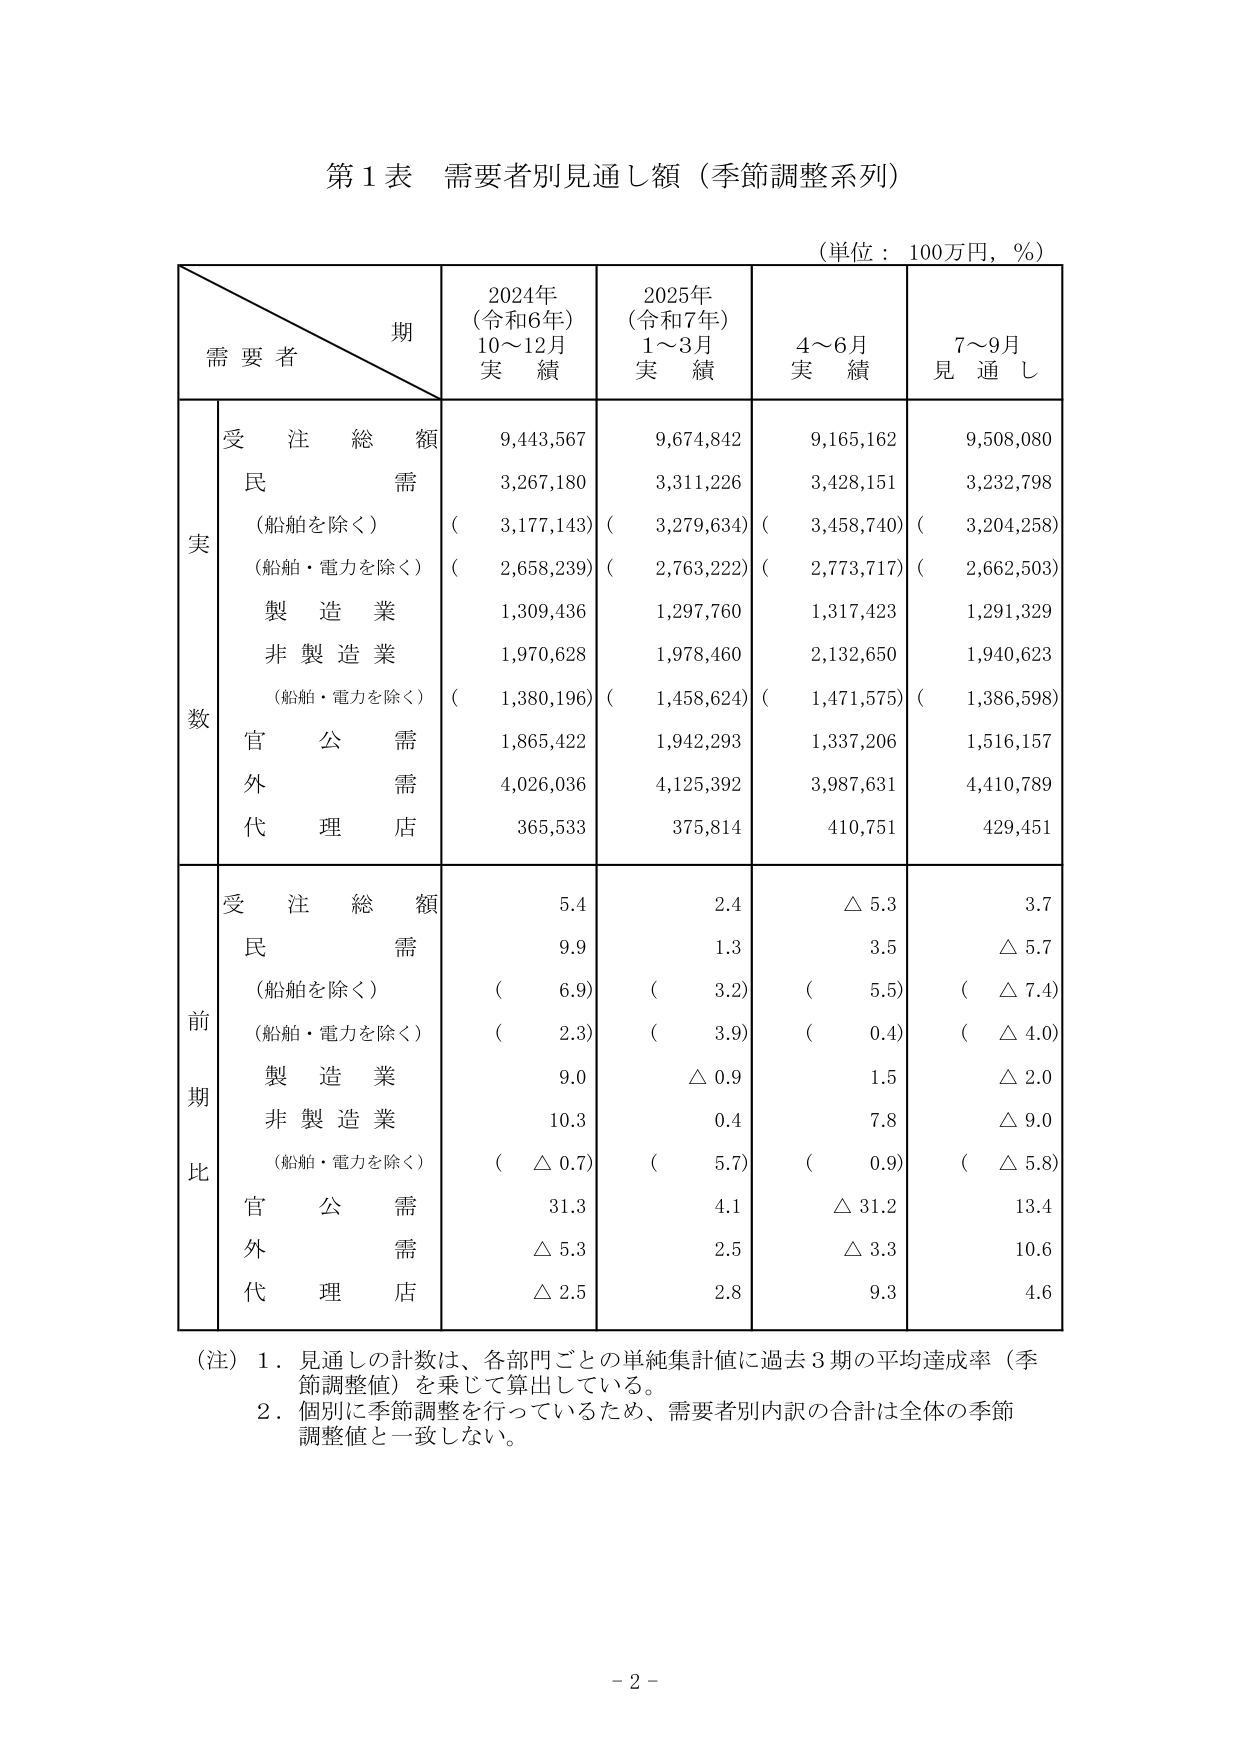
第１表 需要者別見通し額（季節調整系列）

（単位：100万円，％）

期
需要者
2024年
（令和6年）
10～12月
実績
2025年
（令和7年）
1～3月
実績
4～6月
実績
7～9月
見通し

実数
受注総額
9,443,567
9,674,842
9,165,162
9,508,080
民需
3,267,180
3,311,226
3,428,151
3,232,798
（船舶を除く）
（ 3,177,143）
（ 3,279,634）
（ 3,458,740）
（ 3,204,258）
（船舶・電力を除く）
（ 2,658,239）
（ 2,763,222）
（ 2,773,717）
（ 2,662,503）
製造業
1,309,436
1,297,760
1,317,423
1,291,329
非製造業
1,970,628
1,978,460
2,132,650
1,940,623
（船舶・電力を除く）
（ 1,380,196）
（ 1,458,624）
（ 1,471,575）
（ 1,386,598）
官公需
1,865,422
1,942,293
1,337,206
1,516,157
外需
4,026,036
4,125,392
3,987,631
4,410,789
代理店
365,533
375,814
410,751
429,451

前期比
受注総額
5.4
2.4
△ 5.3
3.7
民需
9.9
1.3
3.5
△ 5.7
（船舶を除く）
（ 6.9）
（ 3.2）
（ 5.5）
（ △ 7.4）
（船舶・電力を除く）
（ 2.3）
（ 3.9）
（ 0.4）
（ △ 4.0）
製造業
9.0
△ 0.9
1.5
△ 2.0
非製造業
10.3
0.4
7.8
△ 9.0
（船舶・電力を除く）
（ △ 0.7）
（ 5.7）
（ 0.9）
（ △ 5.8）
官公需
31.3
4.1
△ 31.2
13.4
外需
△ 5.3
2.5
△ 3.3
10.6
代理店
△ 2.5
2.8
9.3
4.6

（注）１．見通しの計数は、各部門ごとの単純集計値に過去３期の平均達成率（季節調整値）を乗じて算出している。
　　　２．個別に季節調整を行っているため、需要者別内訳の合計は全体の季節調整値と一致しない。

－２－